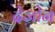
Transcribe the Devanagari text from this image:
देजोन